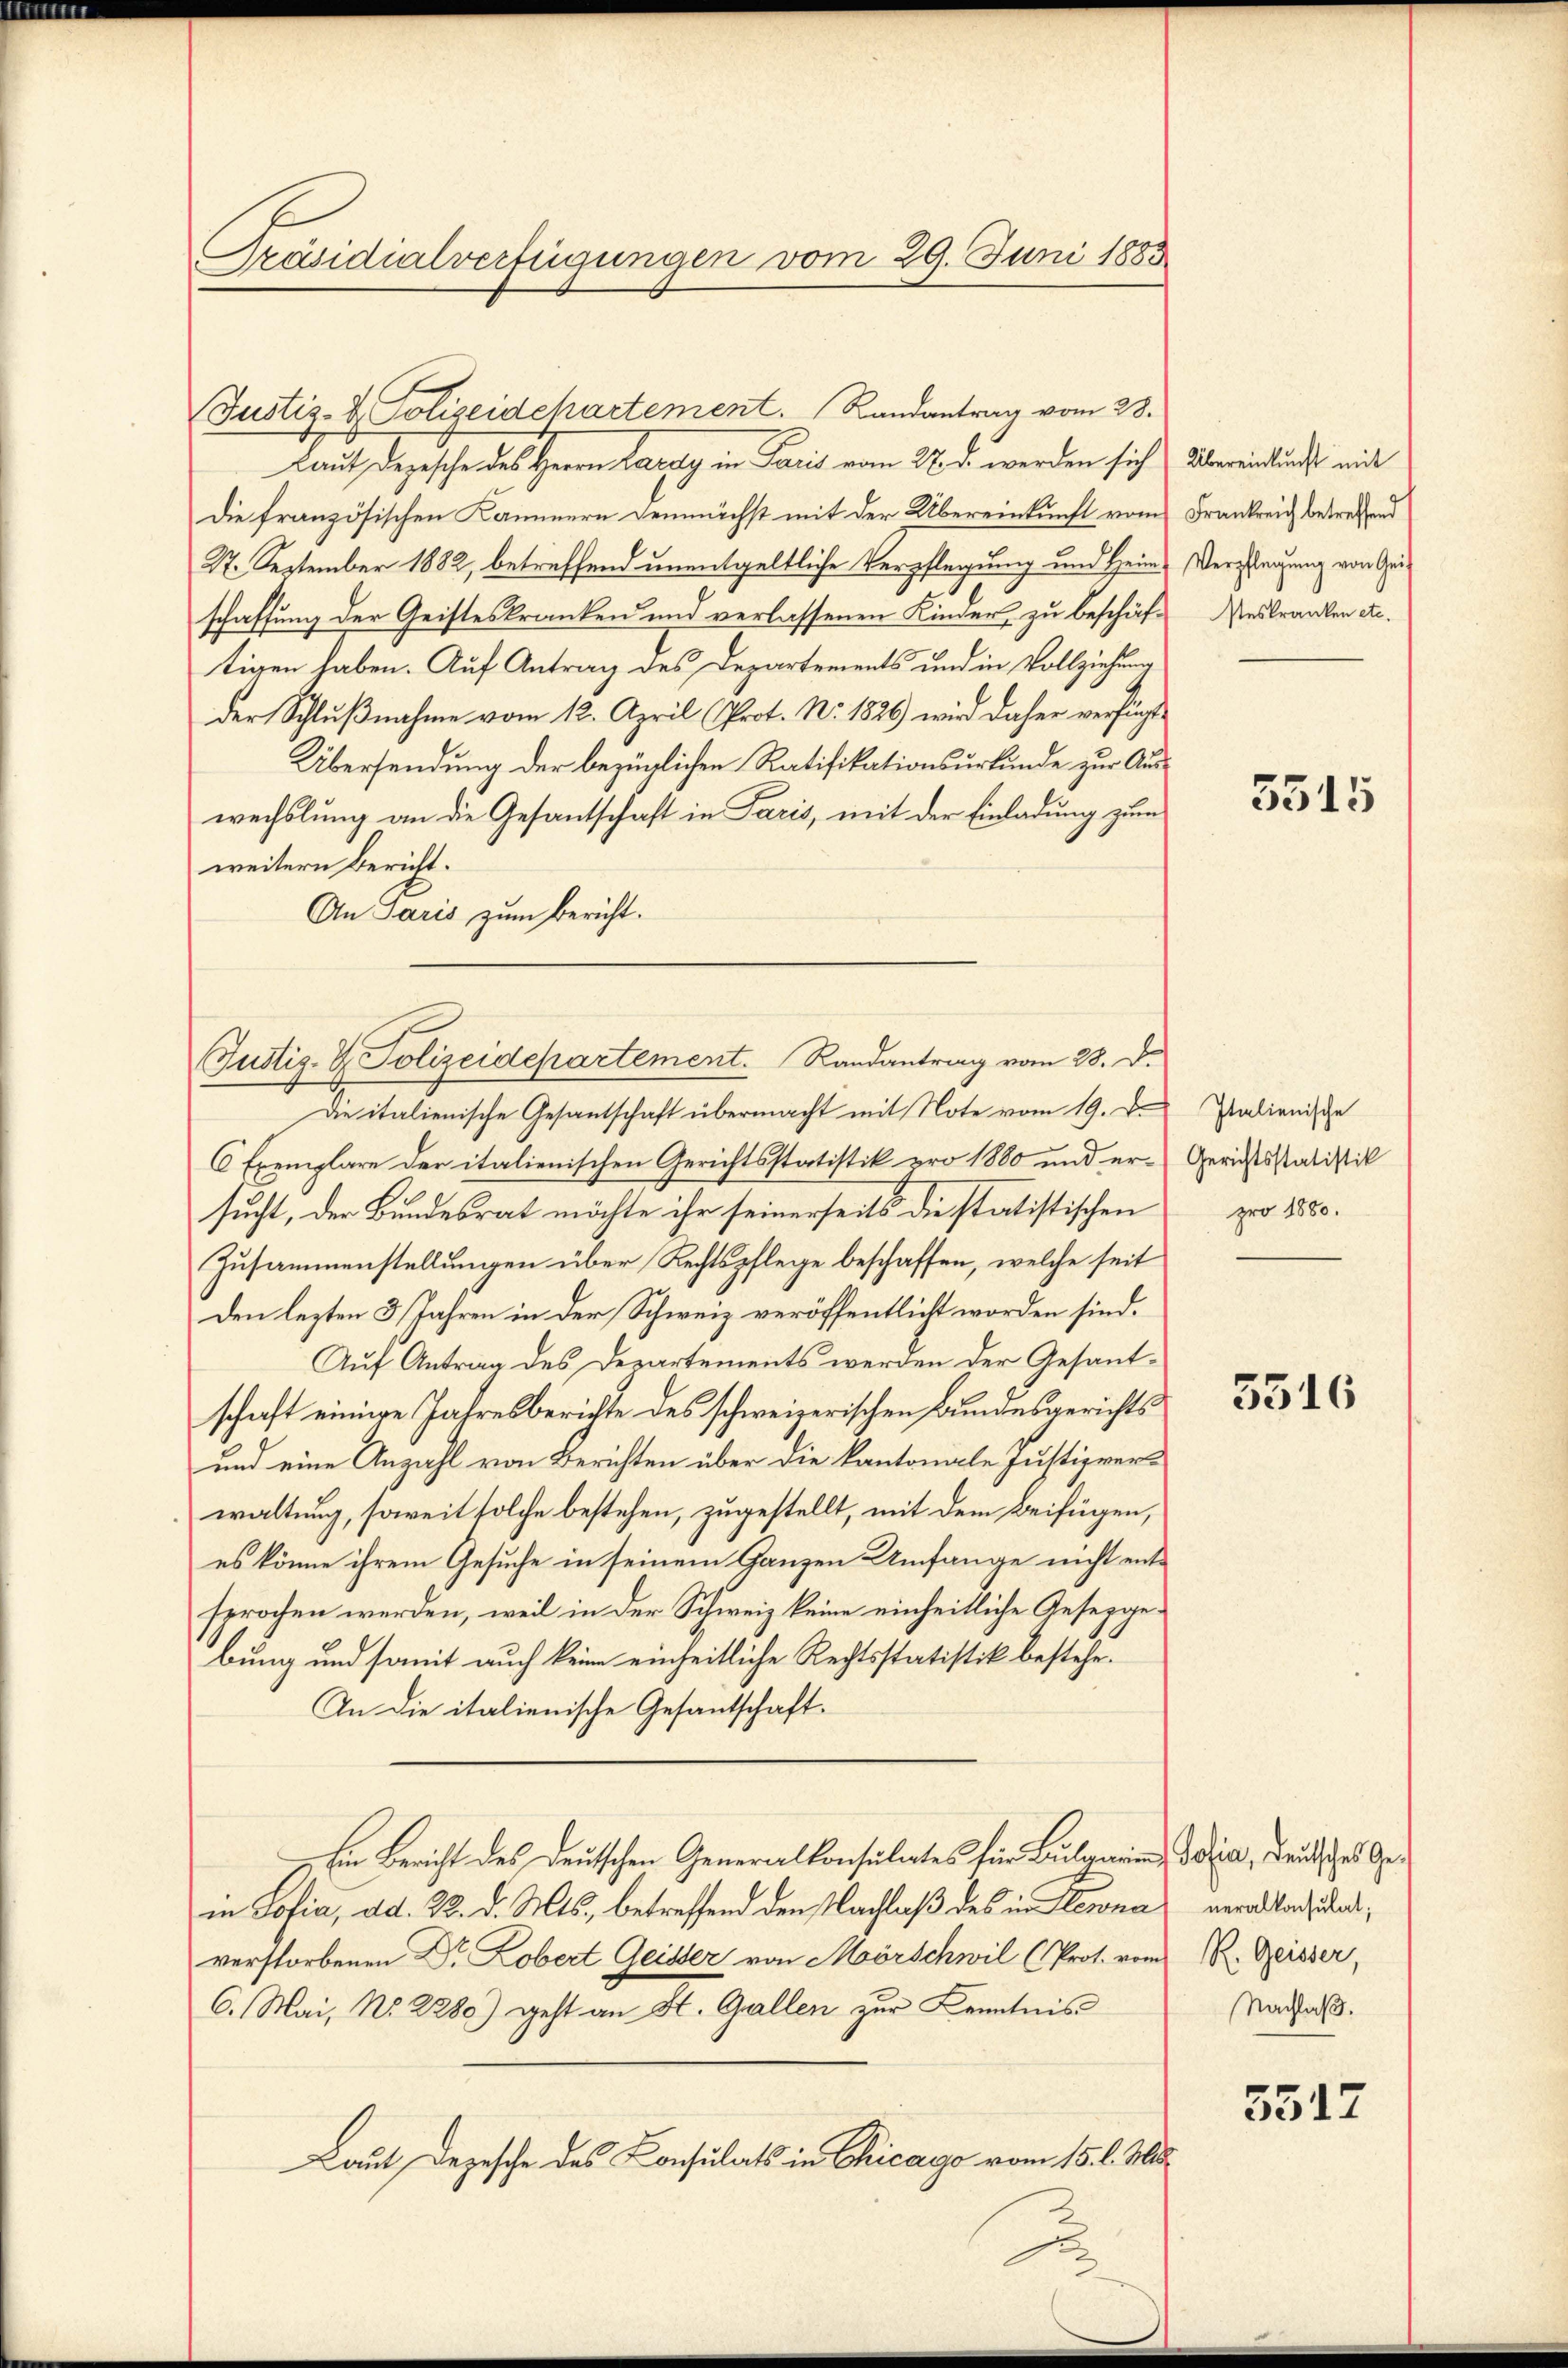
Präsidialverfügungen vom 29. Juni 1883

Justiz- & Polizeidepartement. Randantrag vom 28. d.

Laut Depesche des Herrn Lardy in Paris vom 27. d. werden sich Übereindlungs mit
Die französischen Kammern demnächst mit der Übereinkunft vom Frankreich betreffend
27. September 1882, betreffend unentgeltliche Verpflegung und Heim Verpflegung von Geschaffung der Geisteskranken und verlassenen Kinder, zu beschäftigen haben. Auf Antrag des Departements und in Vollziehung
der Schlußnahme vom 12. April (Prot. No. 1820 wird daher verfügt
Übersendung der bezüglichen Ratifikationsurkunde zur Auswechslung an die Gesantschaft in Paris, mit der Einladung zum
weitern Bericht.
An Paris zum Bericht.

Justiz- & Polizeidepartement. Randantrag vom 28.

1

Die italienische Gesantschaft übermacht mit Note vom 19. D. Palienische
6 Exemplare der italienischen Gerichtsstatistik pro 1880 und er-Gerichtsstatistik
sucht, der Bundesrat möchte ihr seinerseits die statistischen
Zusammenstellungen über Rechtspflege beschaffen, welche seit
den lezten 3 Jahren in der Schweiz veröffentlicht worden sind.
Auf Antrag des Departements werden der Gesantschaft einige Jahresberichte des schweizerischen Bundesgerichts
und eine Anzahl von Berichten über die kantonale Justizverwaltung, soweit solche bestehen, zugestellt, mit dem Beifügen,
es könne ihrem Gesuche in seinem Ganzen Umfange nicht entsprochen werden, weil in der Schweiz keine einheitliche Geseggebung und somit auch keine einheitliche Rechtsstatistik bestehe.
In die italienische Gesantschaft.
Ein Bericht des deutschen Generalkonsulates für Bulgarin, darin, Deutsches Gein Sofia, ad. 22. d. Mts., betreffend den Nachlaß des in Klewna veranland daverstorbenen Dr Lobert Geister von Mörschwil (Prot. vom R. Geisser,
6. Mai, No. 2280) geht an St. Gallen zur Kenntnis
Laut Depesche des Consulats in Chicago vom 15. l. Js.

seskranken etc.

3515

pro 1880.

5316

Nachlaß.

3517